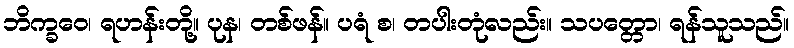
ဘိက္ခဝေ၊ ရဟန်းတို့။ ပုန၊ တစ်ဖန်။ ပရံ စ၊ တပါးတုံလည်း။ သပတ္တော၊ ရန်သူသည်။